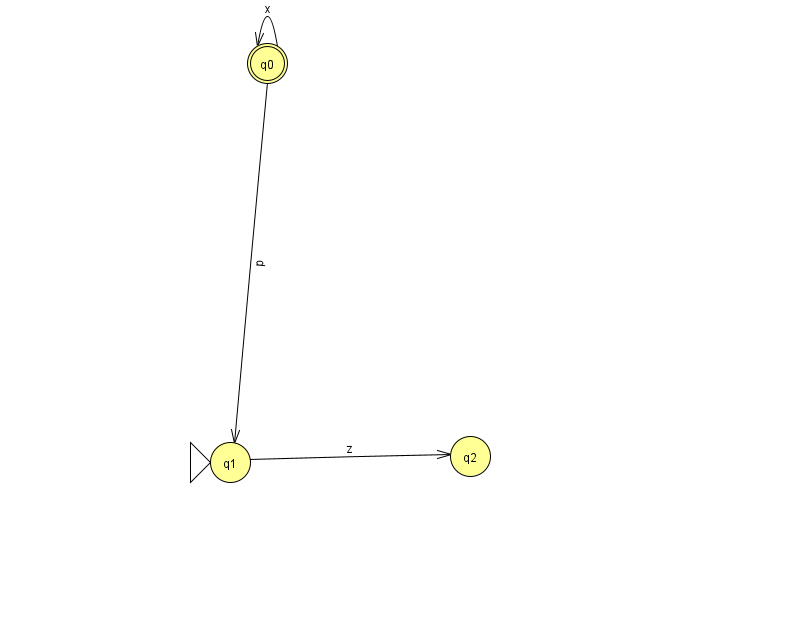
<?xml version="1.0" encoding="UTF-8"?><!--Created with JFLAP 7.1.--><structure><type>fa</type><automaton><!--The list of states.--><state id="0" name="q0"><x>267.0</x><y>50.0</y><final/></state><state id="1" name="q1"><x>230.0</x><y>449.0</y><initial/></state><state id="2" name="q2"><x>470.0</x><y>443.0</y></state><!--The list of transitions.--><transition><from>1</from><to>2</to><read>z</read></transition><transition><from>0</from><to>0</to><read>x</read></transition><transition><from>0</from><to>1</to><read>p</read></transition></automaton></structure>